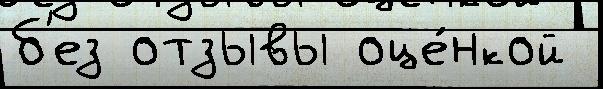
б'ез отзывы оце́нкой